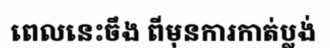
ពេលនេះចឹង ពីមុនការកាត់ប្លង់